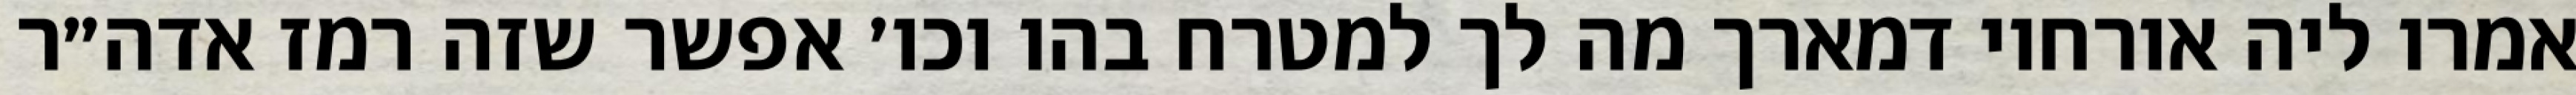
אמרו ליה אורחוי דמארך מה לך למטרח בהו וכו׳ אפשר שזה רמז אדה״ר